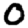
Digit: 0